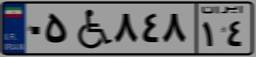
۰۵W۸۴۸۱۴